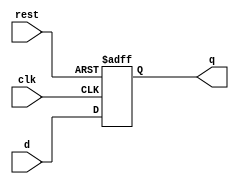
module dff (clk, d , rest , q);
input clk, d , rest;
output q ;
reg q;


always @(posedge clk, posedge rest)
	begin
	if (rest)
		q = 0;
	else 
		q = d;
	end

endmodule

module dff_test();
reg d_t, clk_t ,reset_t; 
wire q_t;
dff t1(.clk(clk_t) , .d(d_t) , .rest(reset_t) , .q(q_t));

initial 
begin
reset_t=1;
clk_t=0; d_t=1;
#100
reset_t=0; clk_t=1; d_t=1;
#100
reset_t=0; clk_t=0; d_t=0;
#100
reset_t=0; clk_t=1; d_t=0;
#100
reset_t=0; clk_t=0; d_t=0;
#100
reset_t=1; clk_t=1; d_t=0;
end 
endmodule